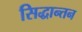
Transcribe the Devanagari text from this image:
सिद्धान्तन